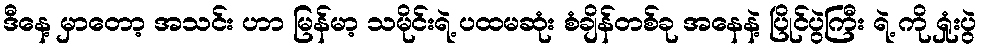
ဒီနေ့ မှာတော့ အသင်း ဟာ မြန်မာ့ သမိုင်းရဲ့ ပထမဆုံး စံချိန်တစ်ခု အနေနဲ့ ပြိုင်ပွဲကြီး ရဲ့ ကို ရှုံးပွဲ